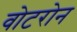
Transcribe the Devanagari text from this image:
वोटरोन